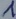
Text: 1